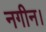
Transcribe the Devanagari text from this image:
नगीन।